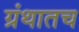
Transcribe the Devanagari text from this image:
ग्रंथातच